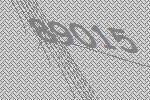
89015